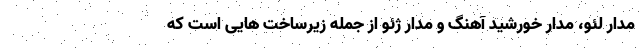
مدار لئو، مدار خورشید آهنگ و مدار ژئو از جمله زیرساخت هایی است که